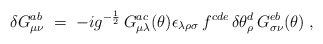
\begin{align*}\delta G_{\mu\nu}^{ab} \;=\; - i g^{-\frac{1}{2}}\,G_{\mu\lambda}^{ac}(\theta)\epsilon_{\lambda\rho\sigma} \, f^{cde} \,\delta\theta_{\rho}^d \, G_{\sigma\nu}^{eb} (\theta)\;,\end{align*}